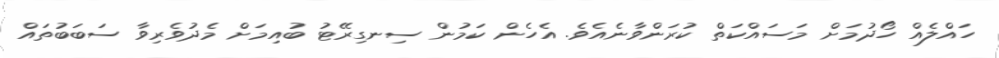
ހައްލެއް ހޯދުމަށް މަސައްކަތް ކުރަންވާނެއެވެ. އެހެން ކަމުން ސިނގިރޭޓު ބުއިމަށް މެދުވެރިވާ ސަބަބުތައް